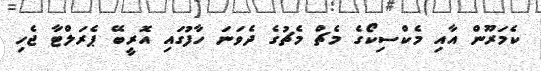
ކެމަރޫން އާއި މެކްސިކޯގެ މެޗް މެޗުގެ ދެވަނަ ހާފުގައި އޮރީބޭ ޕެރަލްޓާަ ޖެހި